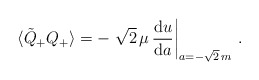
\begin{align*}\langle\tilde{Q}_{+}Q_{+}\rangle= -\left. \sqrt{2}\,\mu\,\frac{{\rm d} u}{{\rm d} a}\right|_{a=-\sqrt{2}\,m}\,.\end{align*}